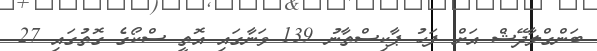
ބަންގްލާދޭޝް އަށް ފަހު ޕާކިސްތާނު 139 ވަނާގައި އޮތީ ސްކޯގެ ގޮތުގައި 27